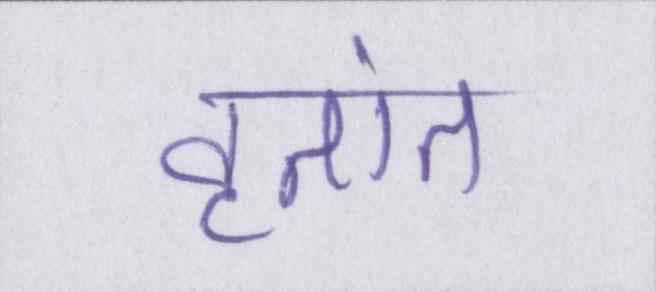
वृतांत